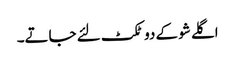
اگلے شو کے دو ٹکٹ لئے جاتے۔